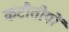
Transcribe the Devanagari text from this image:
कटौतीयों